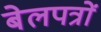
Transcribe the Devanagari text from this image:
बेलपत्रों